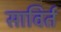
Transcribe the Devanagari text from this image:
साविर्त